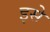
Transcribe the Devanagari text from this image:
इसे